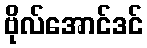
ဗိုလ်အောင်ဒင်